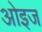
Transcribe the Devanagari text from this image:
ओइज